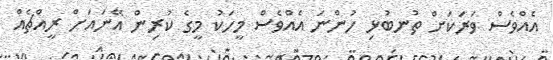
އެއްވެސް ވަރަކަށް ތުނބުޅި ހުންނަ އެއްވެސް މީހަކު މީގެ ކުރިން އޭނައަށް ރީއްޗެއް